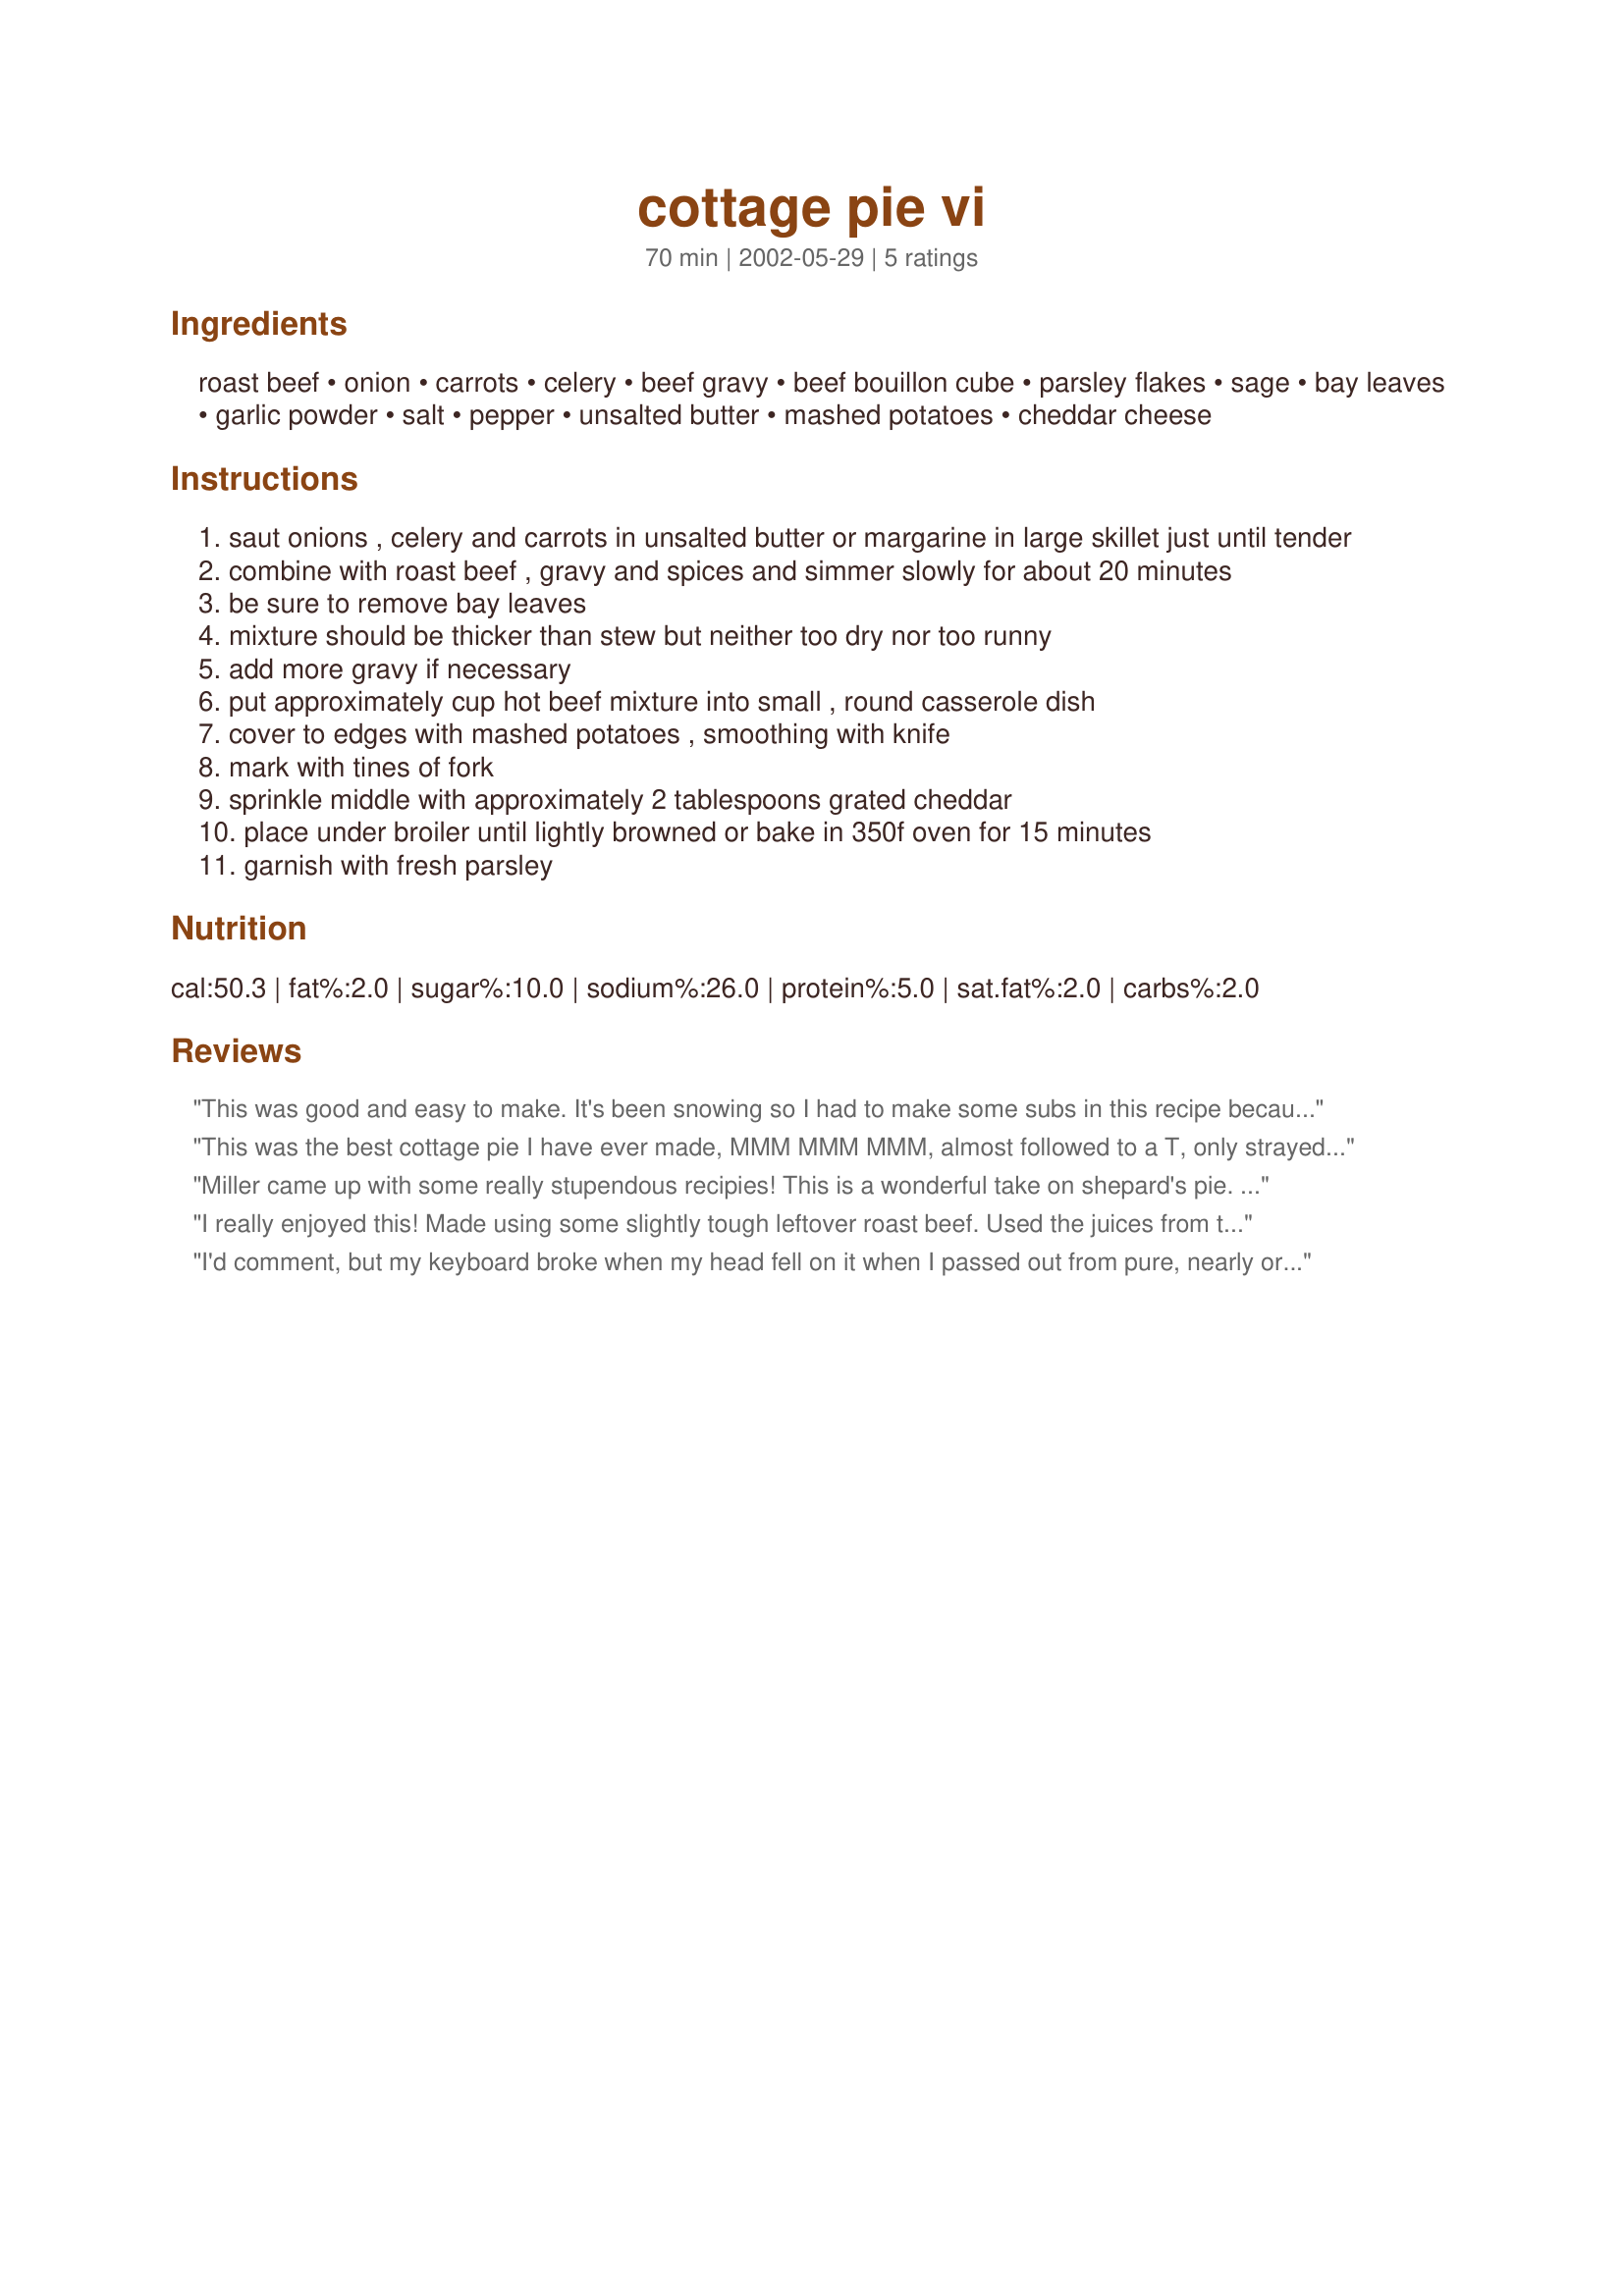
cottage pie vi
Preparation time: 70 minutes

Ingredients:
roast beef, onion, carrots, celery, beef gravy, beef bouillon cube, parsley flakes, sage, bay leaves, garlic powder, salt, pepper, unsalted butter, mashed potatoes, cheddar cheese

Steps:
saut onions , celery and carrots in unsalted butter or margarine in large skillet just until tender
combine with roast beef , gravy and spices and simmer slowly for about 20 minutes
be sure to remove bay leaves
mixture should be thicker than stew but neither too dry nor too runny
add more gravy if necessary
put approximately cup hot beef mixture into small , round casserole dish
cover to edges with mashed potatoes , smoothing with knife
mark with tines of fork
sprinkle middle with approximately 2 tablespoons grated cheddar
place under broiler until lightly browned or bake in 350f oven for 15 minutes
garnish with fresh parsley

Reviews:
This was good and easy to make. It's been snowing so I had to make some subs in this recipe because of what I had on hand. I used ground beef instead of beef and didn't add the celery. I used corn instead of carrots. I cut back on the salt to a half a teaspoon. We all enjoyed this but thought it was just a bit too much garlic powder. I think I would cut it in half next time. This had really good flavor just a bit too much garlic for our tastes.
This was the best cottage pie I have ever made, MMM MMM MMM, almost followed to a T, only strayed by using (1/2) roast beef and had some (1/2) leftover pork roast, also a little left over pork gravy. The house (wife and kids) got lucky tonight being able to enjoy this dish with me, served with nice loaf of crusty french bread. can't wait for leftovers tommorow. Definitly goin' in my Sponge Bob folder, with the rest of my favs!!!
Miller came up with some really stupendous recipies! This is a wonderful take on shepard's pie. Comfort food at it's best.
I really enjoyed this! Made using some slightly tough leftover roast beef. Used the juices from the roast for the gravy. I used less salt. Good use of leftovers!
I'd comment, but my keyboard broke when my head fell on it when I passed out from pure, nearly orgasmic joy. Made for Under Cover Photos.
